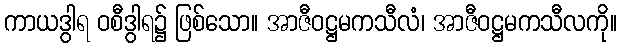
ကာယဒွါရ ဝစီဒွါရ၌ ဖြစ်သော။ အာဇီဝဋ္ဌမကသီလံ၊ အာဇီဝဋ္ဌမကသီလကို။